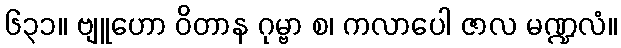
၆၃၁။ ဗျူဟော ဝိတာန ဂုမ္ဗာ စ၊ ကလာပေါ ဇာလ မဏ္ဍလံ။